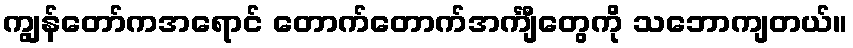
ကျွန်တော်ကအရောင် တောက်တောက်အင်္ကျီတွေကို သဘောကျတယ်။